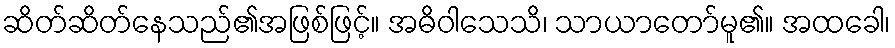
ဆိတ်ဆိတ်နေသည်၏အဖြစ်ဖြင့်။ အဓိဝါသေသိ၊ သာယာတော်မူ၏။ အထခေါ၊